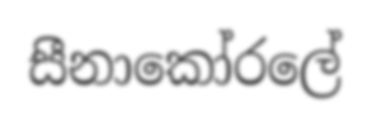
සීනාකෝරලේ